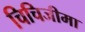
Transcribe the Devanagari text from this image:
चिचिजीमा